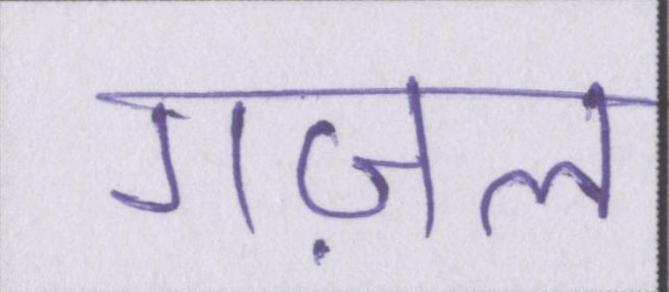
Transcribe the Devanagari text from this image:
गज़ल